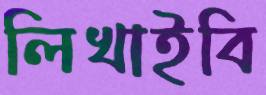
লিখাইবি